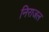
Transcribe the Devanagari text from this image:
निराजल